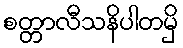
စတ္တာလီသနိပါတမှိ